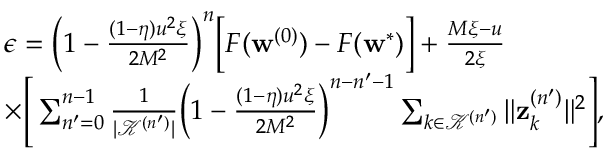
\begin{array} { r l } & { \epsilon = \Big ( 1 - \frac { ( 1 - \eta ) u ^ { 2 } \xi } { 2 M ^ { 2 } } \Big ) ^ { n } \Big [ F ( \mathbf { w } ^ { ( 0 ) } ) - F ( \mathbf { w } ^ { * } ) \Big ] + \frac { M \xi - u } { 2 \xi } } \\ & { \times \Bigg [ \sum _ { n ^ { \prime } = 0 } ^ { n - 1 } \frac { 1 } { | \mathcal { K } ^ { ( n ^ { \prime } ) } | } \Big ( 1 - \frac { ( 1 - \eta ) u ^ { 2 } \xi } { 2 M ^ { 2 } } \Big ) ^ { n - n ^ { \prime } - 1 } \sum _ { k \in \mathcal { K } ^ { ( n ^ { \prime } ) } } \| \mathbf { z } _ { k } ^ { ( n ^ { \prime } ) } \| ^ { 2 } \Bigg ] , } \end{array}